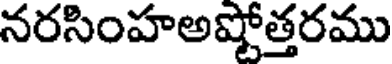
నరసింహఅష్టోత్తరము